system: You are a helpful assistant.
user:
Analyze the provided spectrum to determine if it is a **S-type Star**.

- **Key Indicators for S-type Star:**

    - **(Overall Spectrum Shape):** The first and most obvious characteristic is the overall continuum (the "baseline" shape). It is **extremely "red-sloping,"** meaning the flux (light intensity) is very low on the left side (blue, ~4000-4500 Å) and rises steeply and continuously toward the right side (red, ~7000 Å+).

    - **(Primary):** The spectrum is defined by the presence of strong, broad molecular absorption "valleys" (bands) from **Zirconium Oxide (ZrO)**. The identification of these bands is the **primary requirement** for classifying a star as S-type.
        - **(Key Bandheads):** You must find distinct, deep "dips" where the light has been absorbed. The most critical band systems to locate are:
            - **~6474 Å** ($\gamma$-system): This is often the strongest and clearest ZrO feature, found in the red part of the spectrum.
            - **~5718 Å** & **~5551 Å** ($\beta$-system): A pair of prominent absorption features in the yellow-orange part of the spectrum.
            - **~4640 Å** ($\alpha$-system): A key absorption band system in the blue-green region of the spectrum.

    - **(Secondary Confirmation):** The classification is strengthened by finding additional absorption bands from other related heavy element oxides, which are expected to be present alongside ZrO.
        - **(Key Bandheads):**
            - **Yttrium Oxide (YO):** Look for absorption dips near **~4800 Å** and **~6100 Å**.
            - **Lanthanum Oxide (LaO):** Additional absorption features, particularly in the red-orange part of the spectrum, are also characteristic.

    - **(Line Profile):** The combination of the steep red continuum and these numerous, deep molecular bands (ZrO, YO, etc.) gives the entire spectrum a very **"chopped-up"** or **"bumpy"** appearance. Instead of a smooth curve, the spectrum looks as though large, wide chunks of light have been "carved out" of it at the specific wavelengths listed above.

Think first, call **spectral_visualization_tool** if needed to examine features in detail, then provide your final answer. Your response must adhere to the following strict rules:
1.  **Overall Structure:** Your response must follow the format `<think>...</think> <tool_call>...</tool_call> (if a tool is used) <answer>...</answer>`.
2.  **Tool Usage Constraint:** You may only make **one** tool call per turn.
3.  **Final Answer Format:** In the `<answer>` tag, your conclusion must be inside a `\boxed{}` command (e.g., `\boxed{YES}` or `\boxed{NO}`), followed by your justification.

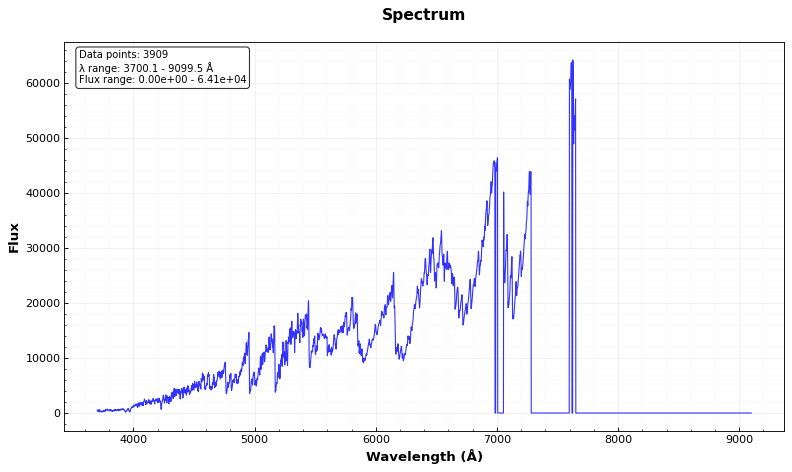
Answer: YES